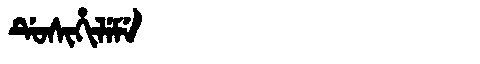
Manchu: ᡩᡠᠰᡳᡥᡳᠯᡝᠮᡝ
Romanization: DUSIHILEME